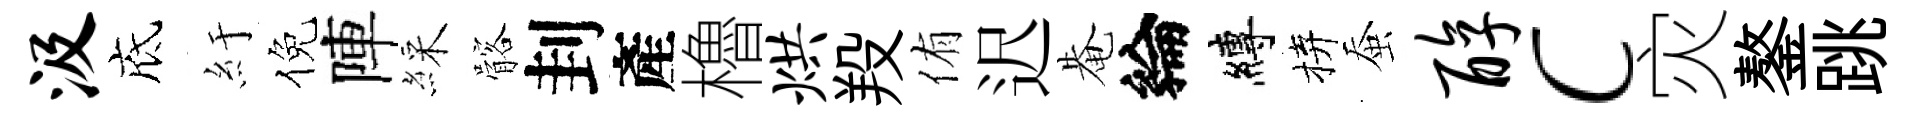
汲底紆倪陣綵髂刲產櫓烘羖侑迟𤲅綸縛拚蚕醇c灾鏊跳